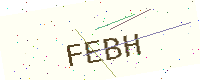
Text: FEBH